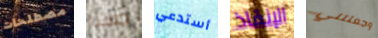
مصطلحات حسنا أستدعي الإنقاذ وجعلتني